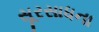
સૂરસાધના